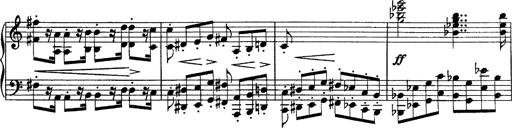
Title: Piano Sonata
Composer: Karl HÃ¤ssler
Key: C major